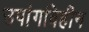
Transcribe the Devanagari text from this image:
उपांगविहीन